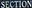
SECTION